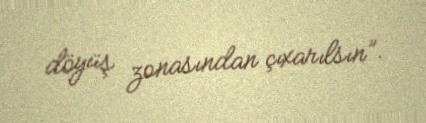
döyüş zonasından çıxarılsın”.